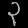
Digit: ၃